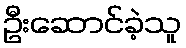
ဦးဆောင်ခဲ့သူ